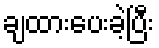
ချထားပေးခဲ့ပြီး